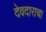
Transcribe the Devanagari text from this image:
देवदाराचा